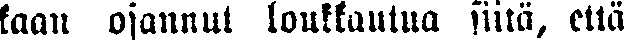
kaan osannut loukkaantua siitä, että